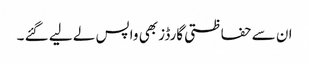
ان سے حفاظتی گارڈز بھی واپس لے لیے گئے ۔